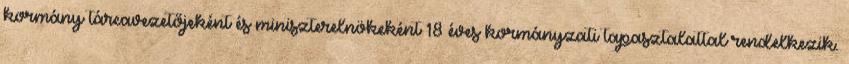
kormány tárcavezetőjeként és miniszterelnökeként 18 éves kormányzati tapasztalattal rendelkezik.